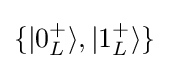
\{|0_{L}^{+}\rangle ,|1_{L}^{+}\rangle \}